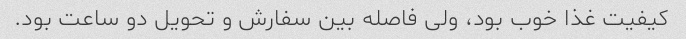
کیفیت غذا خوب بود، ولی فاصله بین سفارش و تحویل دو ساعت بود.